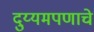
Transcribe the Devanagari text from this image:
दुय्यमपणाचे